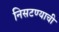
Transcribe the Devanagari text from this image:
निसटण्याची